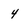
Character: 4